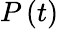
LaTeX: P\left(t\right)